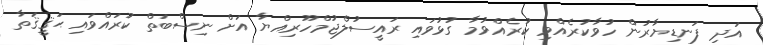
އަދި ފަނޑިޔާރުން ހުވާކުރެއްވި ކުރެއްވުމާ ގުޅުވައި ރައީސުލްޖުމްހޫރިއްޔާ އަށް ނިސްބަތް ކުރައްވައި ޙަޤީޤަތާ